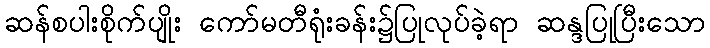
ဆန်စပါးစိုက်ပျိုး ကော်မတီရုံးခန်း၌ပြုလုပ်ခဲ့ရာ ဆန္ဒပြုပြီးသော